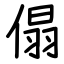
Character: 傝